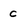
Character: c